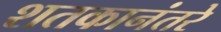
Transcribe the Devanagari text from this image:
शतकानंतरे